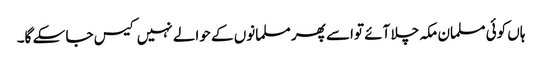
ہاں کوئی مسلمان مکہ چلا آئے تواسے پھر مسلمانوں کے حوالے نہیں کیس جا سکے گا۔